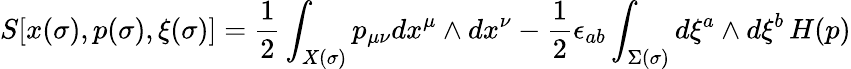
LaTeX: S[x(\sigma),p(\sigma),\xi(\sigma)]={\frac{1}{2}}\int_{X(\sigma)}p_{\mu\nu}dx^{\mu}\wedge dx^{\nu}-{\frac{1}{2}}\epsilon_{ab}\int_{\Sigma(\sigma)}d\xi^{a}\wedge d\xi^{b}\, H(p)